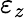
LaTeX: \varepsilon_{z}